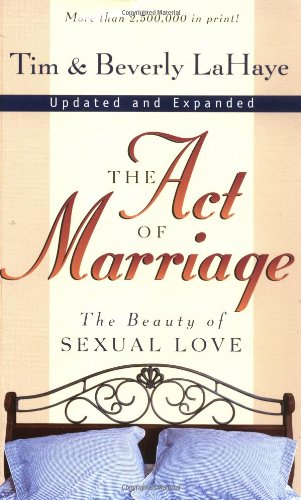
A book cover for The Act of Marriage: The Beauty of Sexual Love; Tim LaHaye; Self-Help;